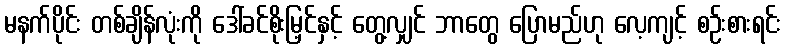
မနက်ပိုင်း တစ်ချိန်လုံးကို ဒေါ်ခင်စိုးမြ့င်နှင့် တွေ့လျှင် ဘာတွေ ပြောမည်ဟု လေ့ကျင့် စဉ်းစားရင်း